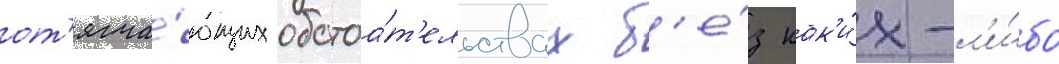
от'ягча́ющих обстоа́т'ельствах б'е́з как'и́х-л'и́бо